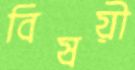
বিষয়ী